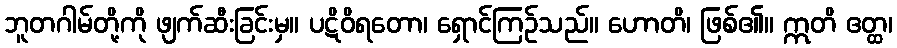
ဘူတဂါမ်တို့ကို ဖျက်ဆီးခြင်းမှ။ ပဋိဝိရတော၊ ရှောင်ကြဉ်သည်။ ဟောတိ၊ ဖြစ်၏။ ဣတိ ဧတ္ထ၊